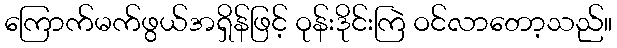
ကြောက်မက်ဖွယ်အရှိန်ဖြင့် ဝုန်းဒိုင်းကြဲ ဝင်လာတော့သည်။